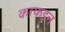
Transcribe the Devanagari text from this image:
काफडन